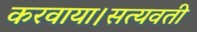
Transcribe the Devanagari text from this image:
करवाया।सत्यवती